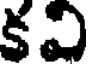
కవి